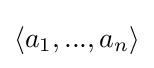
\langle a_{1},...,a_{n}\rangle